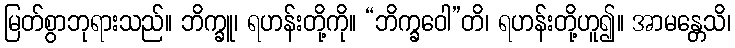
မြတ်စွာဘုရားသည်။ ဘိက္ခူ၊ ရဟန်းတို့ကို။ “ဘိက္ခဝေါ”တိ၊ ရဟန်းတို့ဟူ၍။ အာမန္တေသိ၊